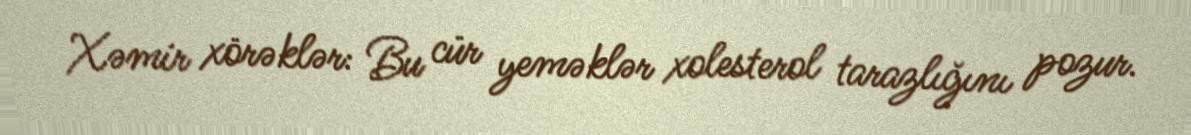
Xəmir xörəklər: Bu cür yeməklər xolesterol tarazlığını pozur.